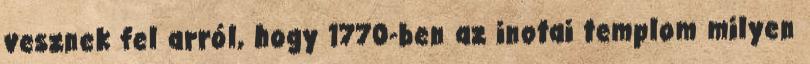
vesznek fel arról, hogy 1770-ben az inotai templom milyen